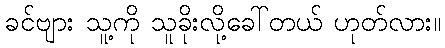
ခင်ဗျား သူ့ကို သူခိုးလို့ခေါ်တယ် ဟုတ်လား။